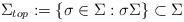
LaTeX: \begin{align*}\Sigma_{top}:=\{\sigma\in \Sigma: \sigma \Sigma \}\subset \Sigma\end{align*}